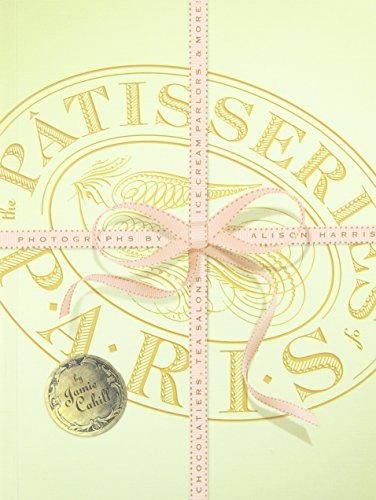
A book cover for The Patisseries of Paris: Chocolatiers, Tea Salons, Ice Cream Parlors, and more; Jamie Cahill; Cookbooks, Food & Wine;